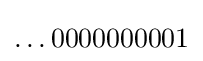
\ldots 0000000001